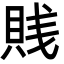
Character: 賎